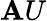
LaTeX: \mathbf{A}U